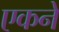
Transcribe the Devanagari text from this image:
एकने